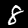
Label: 8